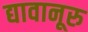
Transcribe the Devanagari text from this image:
द्यावानूरु